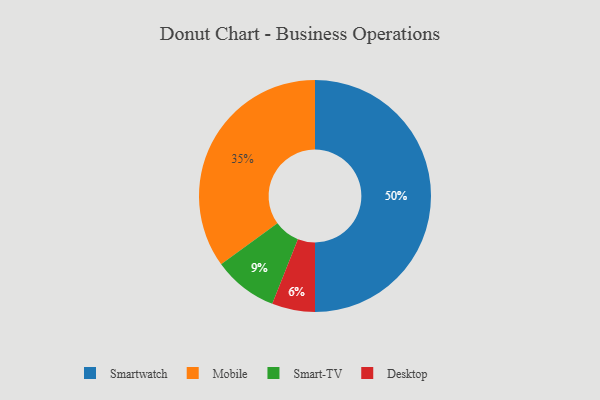
{"axis": {"x": "Category", "y": "Percentage"}, "legend": ["Desktop", "Mobile", "Smart-TV", "Smartwatch"], "data": [{"x": "Smart-TV", "y": 9, "type": "Smart-TV"}, {"x": "Mobile", "y": 35, "type": "Mobile"}, {"x": "Smartwatch", "y": 50, "type": "Smartwatch"}, {"x": "Desktop", "y": 6, "type": "Desktop"}]}